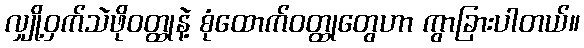
လျှို့ဝှက်သဲဖိုဝတ္ထုနဲ့ စုံထောက်ဝတ္ထုတွေဟာ ကွာခြားပါတယ်။